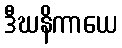
ဒီဃနိကာယေ